Document type: Sale
Year: 1305
Scribe: Bernat de Vilarúbia
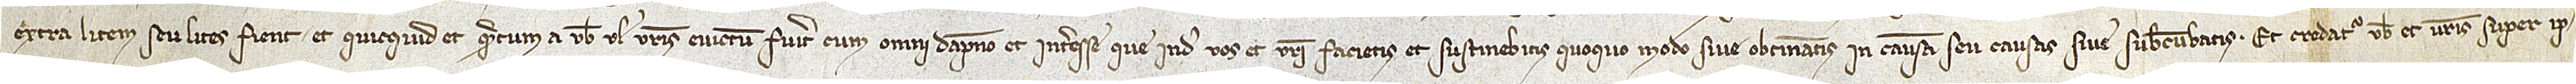
extra litem seu lites fient, et quicquid et quantum a vobis vel vestris evictum fuerit, cum omni dampno et interesse que inde vos et vestri facietis et sustinebitis quoquo modo sive obtineatis in causam seu causas sive subcumbatis. Et credatur vobis et vestris super ip-